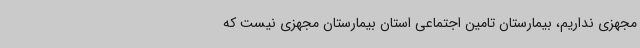
مجهزی نداریم، بیمارستان تامین اجتماعی استان بیمارستان مجهزی نیست که